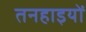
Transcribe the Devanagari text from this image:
तनहाइयों